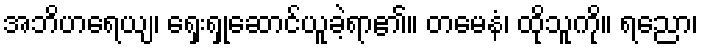
အဘိဟရေယျ၊ ရှေးရှုဆောင်ယူခဲ့ရာ၏။ တမေနံ၊ ထိုသူကို။ ရညော၊